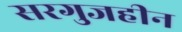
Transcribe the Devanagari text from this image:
सरगुजहीन